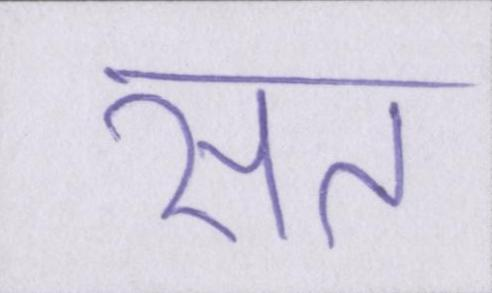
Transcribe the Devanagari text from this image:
सत